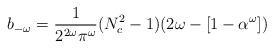
LaTeX: \begin{align*}b_{-\omega}=\frac{1}{2^{2\omega}\pi^{\omega}}(N^{2}_{c}-1)(2\omega-[1-\alpha^{\omega}])\end{align*}